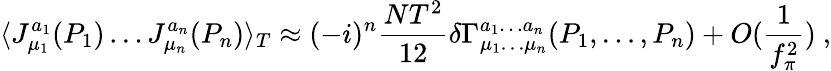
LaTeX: \langle J_{\mu_{1}}^{a_{1}}(P_{1})\ldots J_{\mu_{n}}^{a_{n}}(P_{n})\rangle_{T}\approx(-i)^{n}\frac{NT^{2}}{12}\delta\Gamma_{\mu_{1}\ldots\mu_{n}}^{a_{1}\ldots a_{n}}(P_{1},\ldots,P_{n})+O(\frac{1}{f_{\pi}^{2}})\ ,